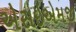
એસઇએમજી